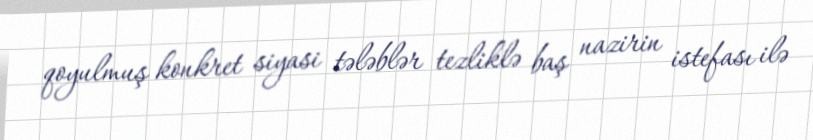
qoyulmuş konkret siyasi tələblər tezliklə baş nazirin istefası ilə